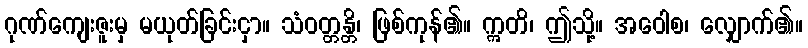
ဂုဏ်ကျေးဇူးမှ မယုတ်ခြင်းငှာ။ သံဝတ္တန္တိ၊ ဖြစ်ကုန်၏။ ဣတိ၊ ဤသို့။ အဝေါစ၊ လျှောက်၏။